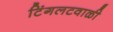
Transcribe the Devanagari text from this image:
टिंगलटवाळी